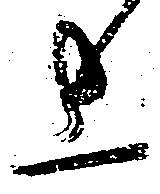
上